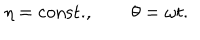
LaTeX: \eta = \mathrm { c o n s t . } , \qquad \theta = \omega t .